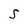
Character: S